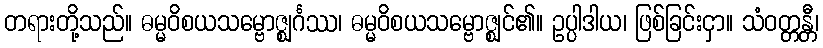
တရားတို့သည်။ ဓမ္မဝိစယသမ္ဗောဇ္ဈင်္ဂဿ၊ ဓမ္မဝိစယသမ္ဗောဇ္ဈင်၏။ ဥပ္ပါဒါယ၊ ဖြစ်ခြင်းငှာ။ သံဝတ္တန္တီ၊